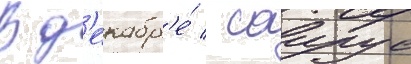
В д'екабр'е́ / саирус